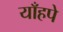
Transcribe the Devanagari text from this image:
याँहपे